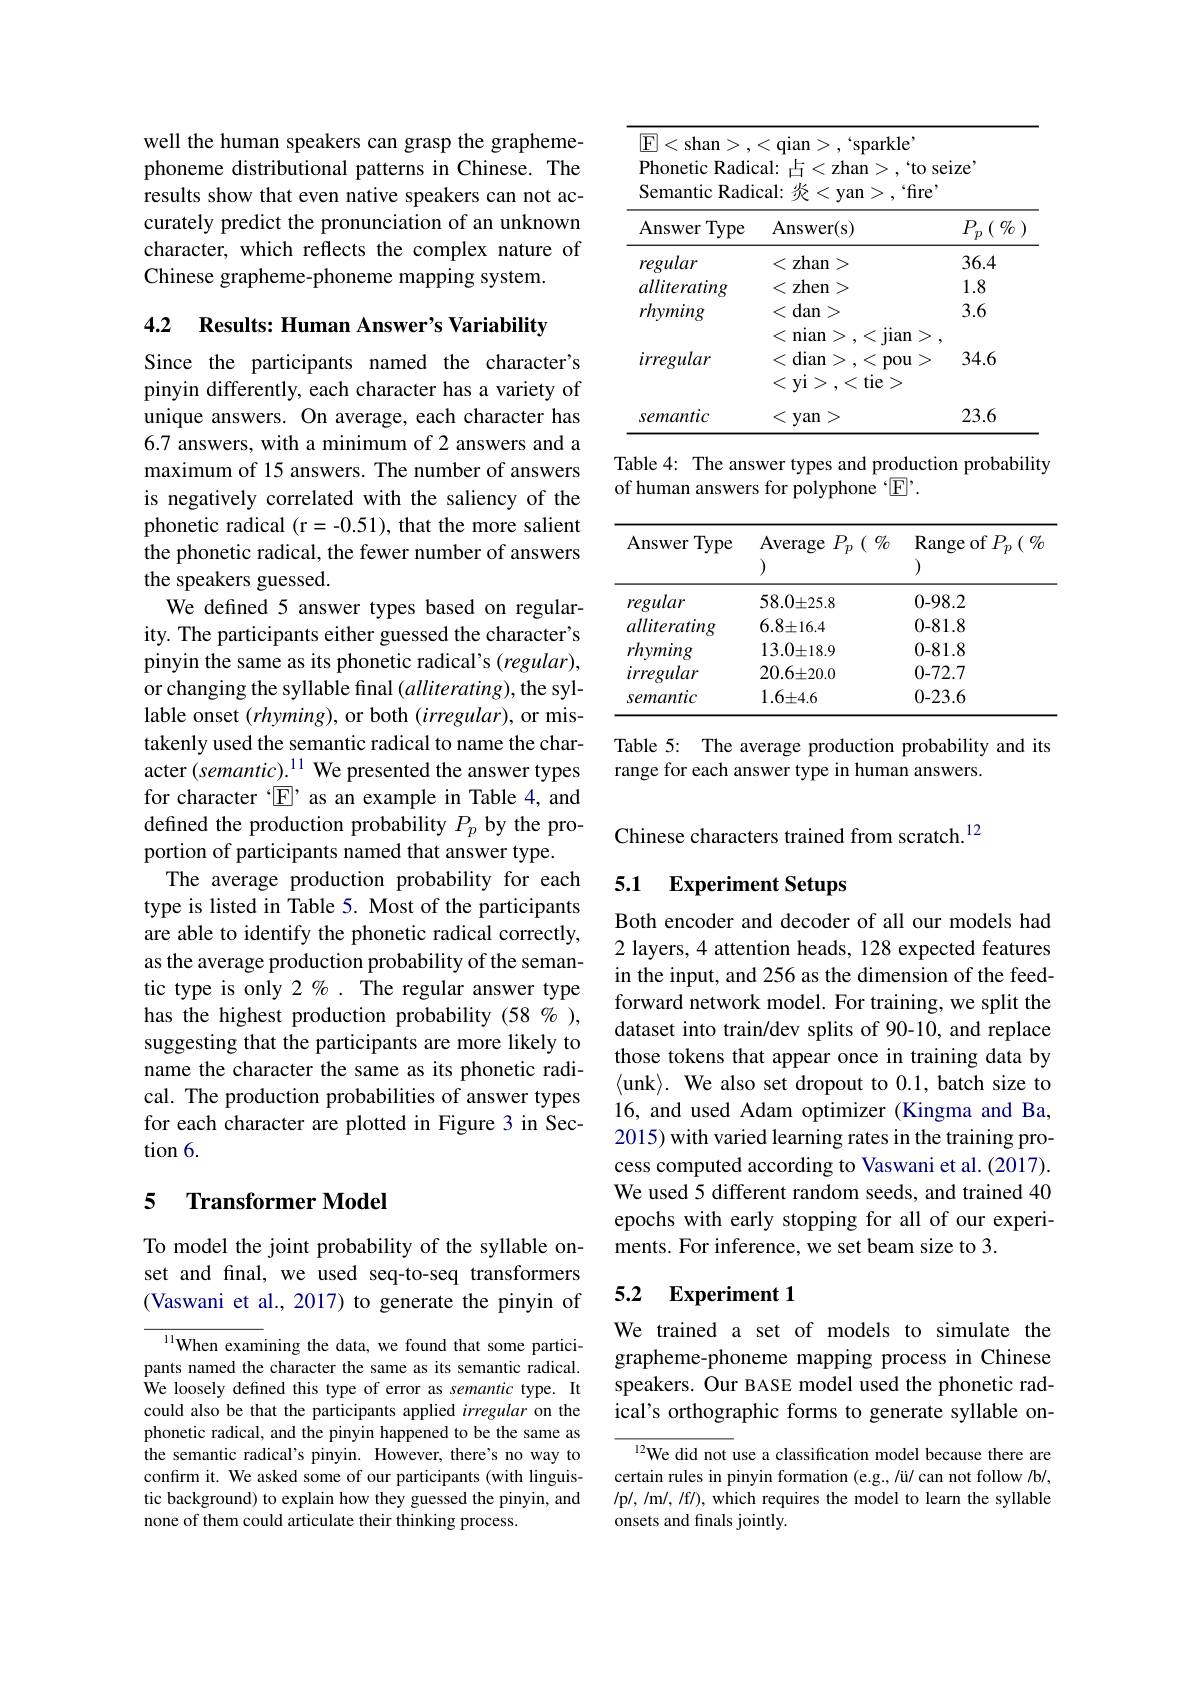
well the human speakers can grasp the graphemephoneme distributional patterns in Chinese. The results show that even native speakers can not accurately predict the pronunciation of an unknown character, which reflects the complex nature of Chinese grapheme-phoneme mapping system.

4.2 Results: Human Answer's Variability
Since the participants named the character's pinyin differently, each character has a variety of unique answers. On average, each character has 6.7 answers, with a minimum of 2 answers and a maximum of 15 answers. The number of answers is negatively correlated with the saliency of the phonetic radical (r=-0.51), that the more salient the phonetic radical, the fewer number of answers the speakers guessed.
We defined 5 answer types based on regularity. The participants either guessed the character's pinyin the same as its phonetic radical's (regular), or changing the syllable final $(alliterating)$, the syllable onset $(rhyming)$, or both $(irregular)$, or mistakenly used the semantic radical to name the character $(semantic).^{11}$ We presented the answer types range for each answer type in human answers.
for character “E’ as an example in Table 4, and defined the production probability $P_p$ by the proportion of participants named that answer type.
The average production probability for each type is listed in Table 5. Most of the participants are able to identify the phonetic radical correctly, as the average production probability of the semantic type is only $2\%.$ The regular answer type has the highest production probability (58 % ), suggesting that the participants are more likely to name the character the same as its phonetic radical. The production probabilities of answer types for each character are plotted in Figure 3 in Sec- $\tan6.$

### 5 $\textbf{Transformer Model}$

To model the joint probability of the syllable onset and fnal, we used seq-to-seq transformers (Vaswani et al., 2017) to generate the pinyin of

$^{11}$When examining the data, we found that some participants named the character the same as its semantic radical. $\dot{\text{We loosely defined this type of error as semantic type. It}}$ could also be that the participants applied irregular on the phonetic radical, and the pinyin happened to be the same as the semantic radical's pinyin. However, there's no way to confirm it. We asked some of our participants (with linguistic background) to explain how they guessed the pinyin, and none of them could articulate their thinking process.

<table>
	<tbody>
		<tr>
			<th>Answer Type</th>
			<th>$\operatorname{Answer(s)}$</th>
			<th>$P_{p}\left(\begin{array}{c}{0}\\{0}\end{array}\right)$</th>
		</tr>
		<tr>
			<td>regular</td>
			<td>zhan 1</td>
			<td>36.4</td>
		</tr>
		<tr>
			<td>alliterating</td>
			<td>zhen</td>
			<td>1.8</td>
		</tr>
		<tr>
			<td>rhyming</td>
			<td>dan T</td>
			<td>3.6</td>
		</tr>
		<tr>
			<td>irregular</td>
			<td>$\zeta$ dian > <1 pou tie $\angle AB=\angle AB$ $Vi$ $\zeta$ ></td>
			<td>34.6</td>
		</tr>
		<tr>
			<td>semantic</td>
			<td>1 yan</td>
			<td>23.6</td>
		</tr>
	</tbody>
</table>

Table 4: The answer types and production probability
of human answers for polyphone $\sqrt[4]{\mathrm{F}}’.$

<table>
	<tbody>
		<tr>
			<th>Answer Type</th>
			<th>Average $P_{p}\left(\begin{array}{c}{0}\\{0}\end{array}\right)$ 1 </th>
			<th>Range of $P_{p}\begin{pmatrix} {0/ o}\end{pmatrix}$</th>
		</tr>
		<tr>
			<td>regular</td>
			<td>$58.0\pm25.8$</td>
			<td>0-98.2</td>
		</tr>
		<tr>
			<td>alliterating</td>
			<td>$6.8\pm16.4$</td>
			<td>0-81.8</td>
		</tr>
		<tr>
			<td>rhyming</td>
			<td>$13.0\pm18.9$</td>
			<td>0.81.8</td>
		</tr>
		<tr>
			<td>irregular</td>
			<td>$20.6\pm20.0$</td>
			<td>0-72.7</td>
		</tr>
		<tr>
			<td>semantic</td>
			<td>$1.6\pm4.6$</td>
			<td>0-23.6</td>
		</tr>
	</tbody>
</table>

Table 5: The average production probability and its

Chinese characters trained from scratch.$^{12}$

## 5.1 Experiment Setups

Both encoder and decoder of all our models had 2 layers, 4 attention heads, 128 expected features in the input, and 256 as the dimension of the feedforward network model. For training, we split the dataset into train/dev splits of 90-10, and replace those tokens that appear once in training data by $\langle$unk$\rangle.$ We also set dropout to 0.1, batch size to 16, and used Adam optimizer (Kingma and Ba, 2015) with varied learning rates in the training process computed according to Vaswani et al. (2017). We used 5 different random seeds, and trained 40 epochs with early stopping for all of our experiments. For inference, we set beam size to 3.

## 5.2 Experiment 1

We trained a set of models to simulate the grapheme-phoneme mapping process in Chinese speakers. Our BASE model used the phonetic radical's orthographic forms to generate syllable on-

${^{12}\text{We did not }}$use a classification model because there are certain rules in pinyin formation (e.g., /ü/ can not follow /b/, / p/ , / m/ , / f/ ) , which requires the model to learn the syllable onsets and finals jointly.